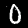
Digit: 0